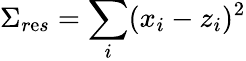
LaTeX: \Sigma_{r\mathrm{e}s}=\sum_{i}(x_{i}-z_{i})^{2}